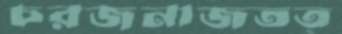
চরজনাজতত্